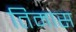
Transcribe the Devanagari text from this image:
तिमास